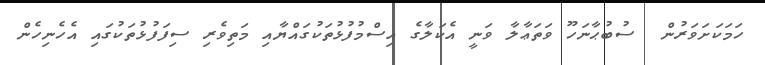
ހަމަކަށަވަރުން  ސުބުޙާނަހޫ ވަތަޢާލާ ވަނީ އެކަލާގެ އިސްމުފުޅުތަކުގައްޔާއި މަތިވެރި ސިފަފުޅުތަކުގައި އެހެނިހެން